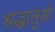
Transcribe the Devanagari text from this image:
श्रद्धालुओ